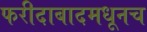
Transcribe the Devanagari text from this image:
फरीदाबादमधूनच